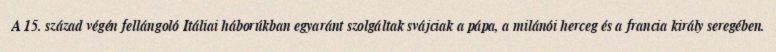
A 15. század végén fellángoló Itáliai háborúkban egyaránt szolgáltak svájciak a pápa, a milánói herceg és a francia király seregében.